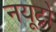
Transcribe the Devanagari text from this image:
नयूट्रो